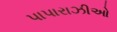
પાપારાઝીઓ